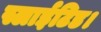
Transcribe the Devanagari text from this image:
स्लाईटिड।